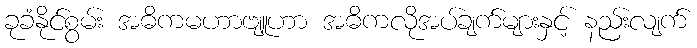
ခုခံနိုင်စွမ်း အဓိကမဟာဗျူဟာ အဓိကလိုအပ်ချက်များနှင့် နည်းလျက်